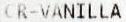
CR-VANILLA